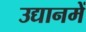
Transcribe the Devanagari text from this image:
उद्यानमें